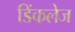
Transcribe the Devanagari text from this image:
डिंकलेज